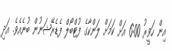
އިން ހަވީރު 6:00 އަށް ކަމަށް ލަންކާގެ ފުޓްބޯލް ފެޑެރޭޝަނުން ބުނެއެވެ. އަދި